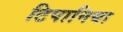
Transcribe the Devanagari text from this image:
टिपानिया